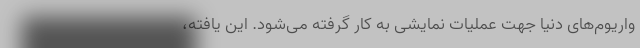
واریوم‌های دنیا جهت عملیات نمایشی به کار گرفته می‌شود. این یافته،